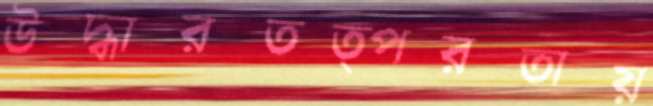
উদ্ধারতত্পরতায়